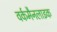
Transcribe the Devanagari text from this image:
वर्कमैनलाइक